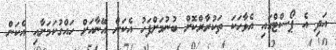
އަދި އެ ޕޯސްޓްގައި އެވާހަކަ ތަކުރާރްކޮށް ބުނުމަށްފަހު އެކަން އޭނާއަށް ހައްގުކަމަށާއި އެކަން